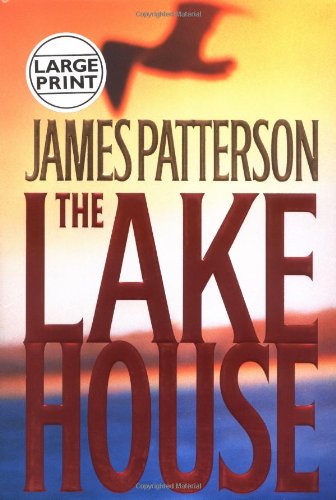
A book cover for The Lake House; James Patterson; Science Fiction & Fantasy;